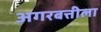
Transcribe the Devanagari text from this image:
अगरबत्तीला